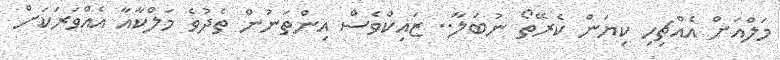
މަލްއަށް އެއްޗިހި ކިޔަން ކެރޭތޯ ނުބަލާ.. ޒައިކްވެސް އިންތަނުން ތެދުވެ މަލްކާއާ އެއްވަރަކަށް